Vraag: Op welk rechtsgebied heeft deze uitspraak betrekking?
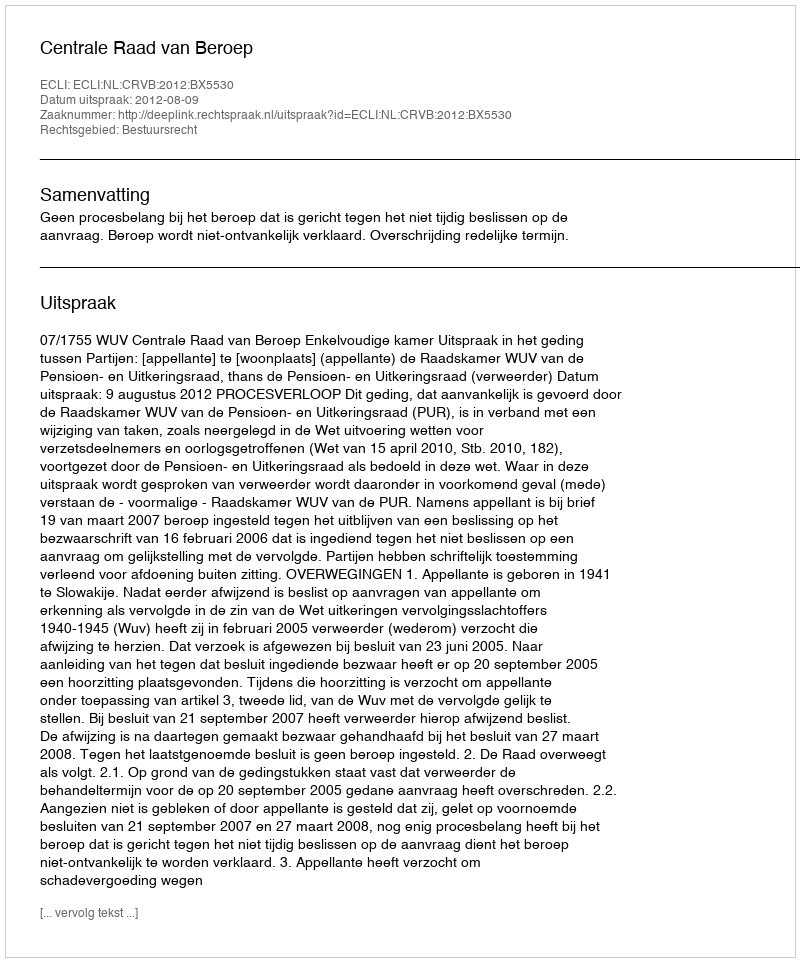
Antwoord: Bestuursrecht